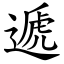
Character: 遞